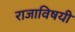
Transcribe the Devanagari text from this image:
राजाविषयी